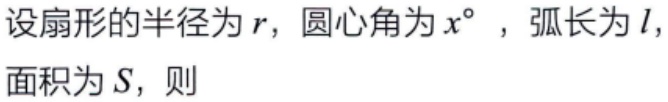
设扇形的半径为\(r\)，圆心角为\(x^{\circ}\)，弧长为\(l\)，面积为\(S\)，则